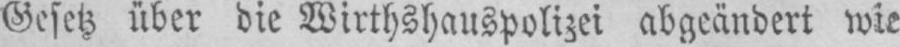
Gesetz über die Wirthshauspolizei abgeändert wie